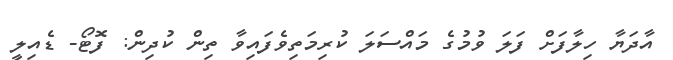
އާދަޔާ ހިލާފަށް ފަލަ ވުމުގެ މައްސަލަ ކުރިމަތިވެފައިވާ ތިން ކުދިން: ފޮޓޯ- ޑެއިލީ